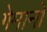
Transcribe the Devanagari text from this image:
गेमानो